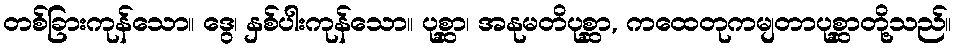
တစ်ခြားကုန်သော။ ဒွေ၊ နှစ်ပါးကုန်သော။ ပုစ္ဆာ၊ အနုမတိပုစ္ဆာ, ကထေတုကမျတာပုစ္ဆာတို့သည်။